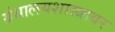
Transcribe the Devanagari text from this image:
ग्रंथालयशास्त्रावर